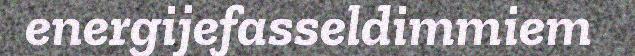
energijefasseldimmiem